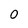
Character: O